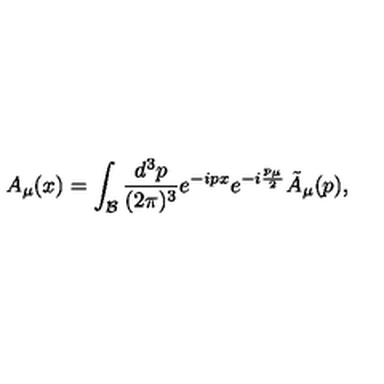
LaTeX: A _ { \mu } ( x ) = \int _ { \cal B } { \frac { d ^ { 3 } p } { ( 2 \pi ) ^ { 3 } } } e ^ { - i p x } e ^ { - i { \frac { p _ { \mu } } { 2 } } } { \tilde { A } } _ { \mu } ( p ) ,